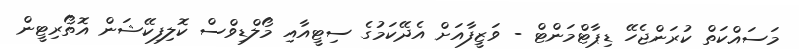
މަސައްކަތް ކުރަންޖެހޭ ޑިޕާޓްމަންޓް - ވަޒީފާއަށް އެދޭކަމުގެ ސިޓީއާއި މޯލްޑިވްސް ކޮލިފިކޭޝަން އޮތޯރިޓީން